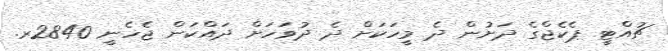
ޗުއްޓީ ޕެކެޖްގެ ދަށުން ދެ މީހަކަށް ދެ ދުވަހަށް ދައްކަން ޖެހެނީ 2840ރ.